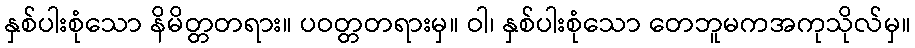
နှစ်ပါးစုံသော နိမိတ္တတရား။ ပဝတ္တတရားမှ။ ဝါ၊ နှစ်ပါးစုံသော တေဘူမကအကုသိုလ်မှ။